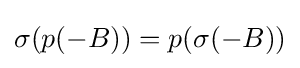
\sigma (p(-B))=p(\sigma (-B))